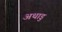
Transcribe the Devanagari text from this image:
अथाडु